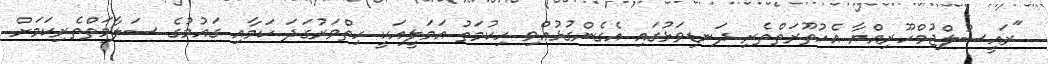
"ރައީސުލްޖުމްހޫރިއްޔާ އެހުތޫރަތްތެރި ދަނޑިވަޅުގައި އެގެންގުޅުއްވި ހިކުމަތު އަމަލީއަކީ ހިތްވަރުގަދަ ކަމާއި ގައުމުގެ ސަލާމަތްތެރިކަމަށް